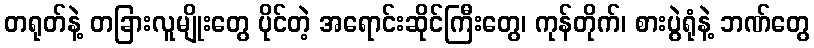
တရုတ်နဲ့ တခြားလူမျိုးတွေ ပိုင်တဲ့ အရောင်းဆိုင်ကြီးတွေ၊ ကုန်တိုက်၊ စားပွဲရုံနဲ့ ဘဏ်တွေ